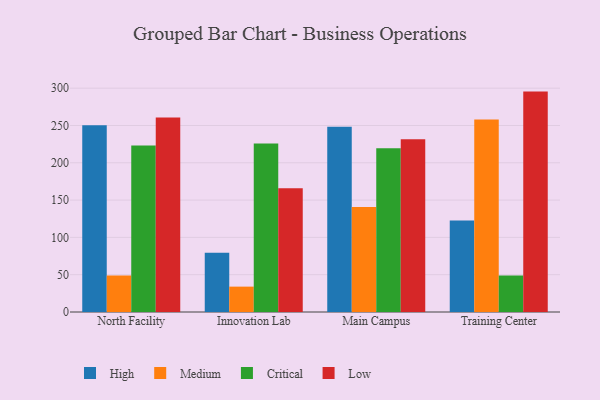
{"axis": {"x": "Campus", "y": "Inventory Turnover"}, "legend": ["Critical", "High", "Low", "Medium"], "data": [{"x": "North Facility", "y": 250.3, "type": "High"}, {"x": "North Facility", "y": 49.0, "type": "Medium"}, {"x": "North Facility", "y": 223.3, "type": "Critical"}, {"x": "North Facility", "y": 260.7, "type": "Low"}, {"x": "Innovation Lab", "y": 79.4, "type": "High"}, {"x": "Innovation Lab", "y": 34.0, "type": "Medium"}, {"x": "Innovation Lab", "y": 225.9, "type": "Critical"}, {"x": "Innovation Lab", "y": 165.8, "type": "Low"}, {"x": "Main Campus", "y": 248.2, "type": "High"}, {"x": "Main Campus", "y": 140.7, "type": "Medium"}, {"x": "Main Campus", "y": 219.4, "type": "Critical"}, {"x": "Main Campus", "y": 231.7, "type": "Low"}, {"x": "Training Center", "y": 122.7, "type": "High"}, {"x": "Training Center", "y": 257.9, "type": "Medium"}, {"x": "Training Center", "y": 48.8, "type": "Critical"}, {"x": "Training Center", "y": 295.4, "type": "Low"}]}